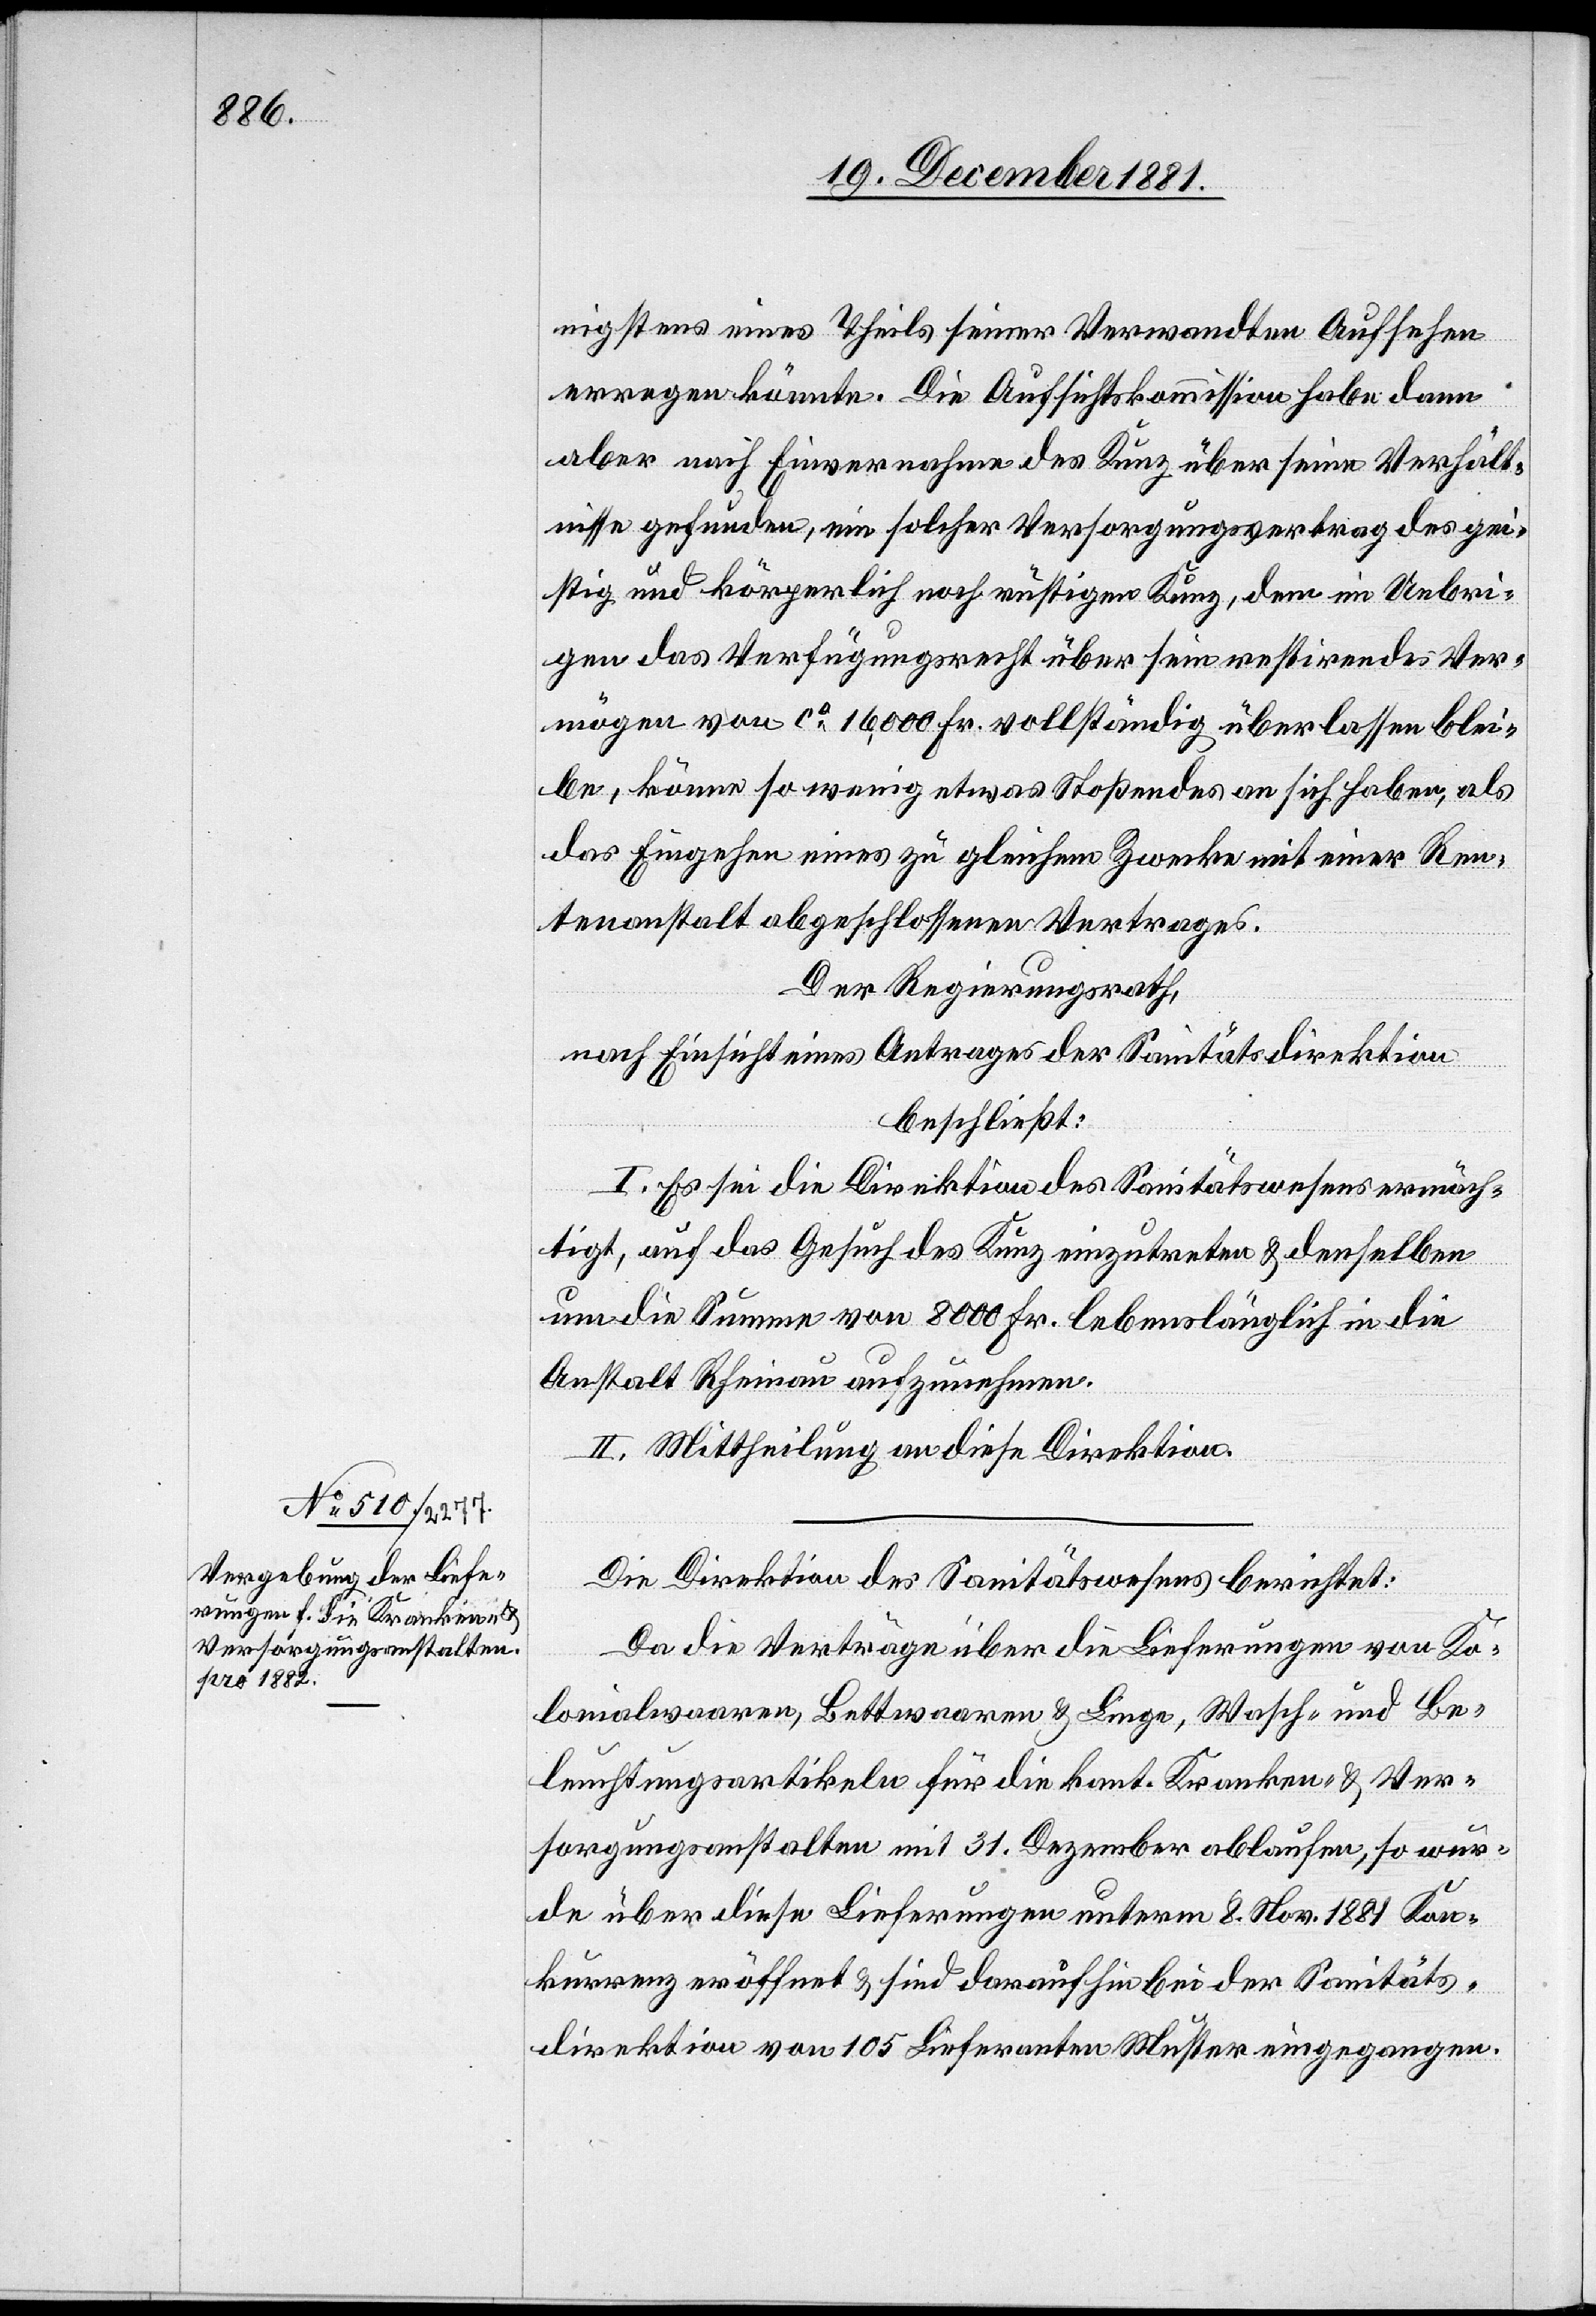
nigstens eines Theils seiner Verwandten Aufsehen
erregen könnte. Die Aufsichtskommission habe dann
aber nach Einvernahme des Kunz über seine Verhält¬
nisse gefunden, ein solcher Versorgungsvertrag des gei¬
stig und körperlich noch rüstigen Kunz, dem im Uebri¬
gen das Verfügungsrecht über sein restirendes Ver¬
mögen von ca 16,000 Fr. vollständig überlassen blei¬
be, könne so wenig etwas Stoßendes an sich haben, als
das Eingehen eines zu gleichem Zwecke mit einer Ren¬
tenanstalt abgeschlossenen Vertrages.
Der Regierungsrath,
nach Einsicht eines Antrages der Sanitätsdirektion,
beschließt:
I. Es sei die Direktion des Sanitätswesens ermäch¬
tigt, auf das Gesuch des Kunz einzutreten & denselben
um die Summe von 8000 Fr. lebenslänglich in die
Anstalt Rheinau aufzunehmen.
II. Mittheilung an diese Direktion.
Die Direktion des Sanitätswesens berichtet:
Da die Verträge über die Lieferungen von Ko¬
lonialwaaren, Bettwaaren & Liege, Wasch- und Be¬
leuchtungsartikeln für die kant. Kranken- & Ver¬
sorgungsanstalten mit 31. Dezember ablaufen, so wur¬
de über diese Lieferungen unterm 8. Nov. 1881 Kon¬
kurrenz eröffnet & sind daraufhin bei der Sanitäts¬
direktion von 105 Lieferanten Muster eingegangen.